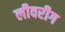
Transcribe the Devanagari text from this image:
लीवरीग